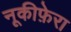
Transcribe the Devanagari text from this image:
नूकीफ़ेरा